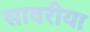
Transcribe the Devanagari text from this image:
सावरीया